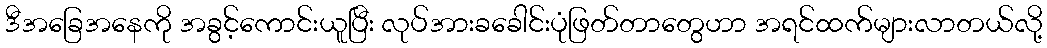
ဒီအခြေအနေကို အခွင့်ကောင်းယူပြီး လုပ်အားခခေါင်းပုံဖြတ်တာတွေဟာ အရင်ထက်များလာတယ်လို့